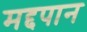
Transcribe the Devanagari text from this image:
मद्दपान